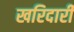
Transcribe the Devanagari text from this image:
खरिदारी